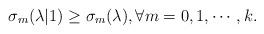
LaTeX: \begin{align*} \sigma_{m} (\lambda |1) \geq \sigma_{m} (\lambda), \forall m =0, 1, \cdots, k.\end{align*}